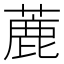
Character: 蔍